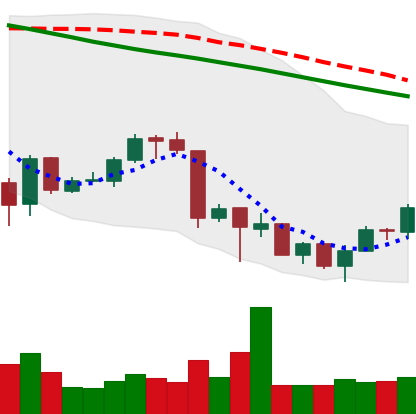
Ticker: ETH-USD
Chart end date: 2018-07-02
Forward return: 3.432%
Label: up_3_5